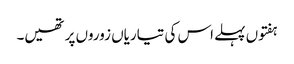
ہفتوں پہلے اس کی تیاریاں زوروں پر تھیں۔